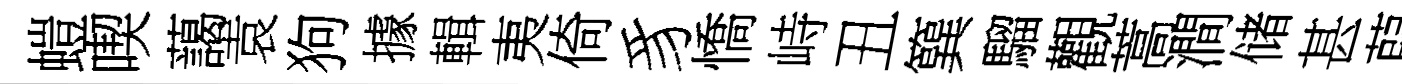
螘喫藹袁狗據輯夷倚豸憍峙丑簨騮觀蒿澗储甚葭